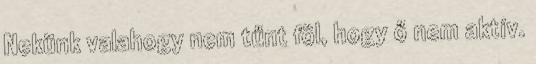
Nekünk valahogy nem tűnt föl, hogy ő nem aktív.